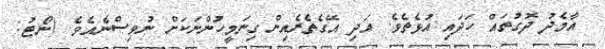
އާމެދު ދޮގުތައް ހަދައި އުޅެތެވެ. އަދި އޭގެތެރެއިން ގިނަމީހުންނަކަށް ނުވިސްނެއެވެ. (ނޯޓު: